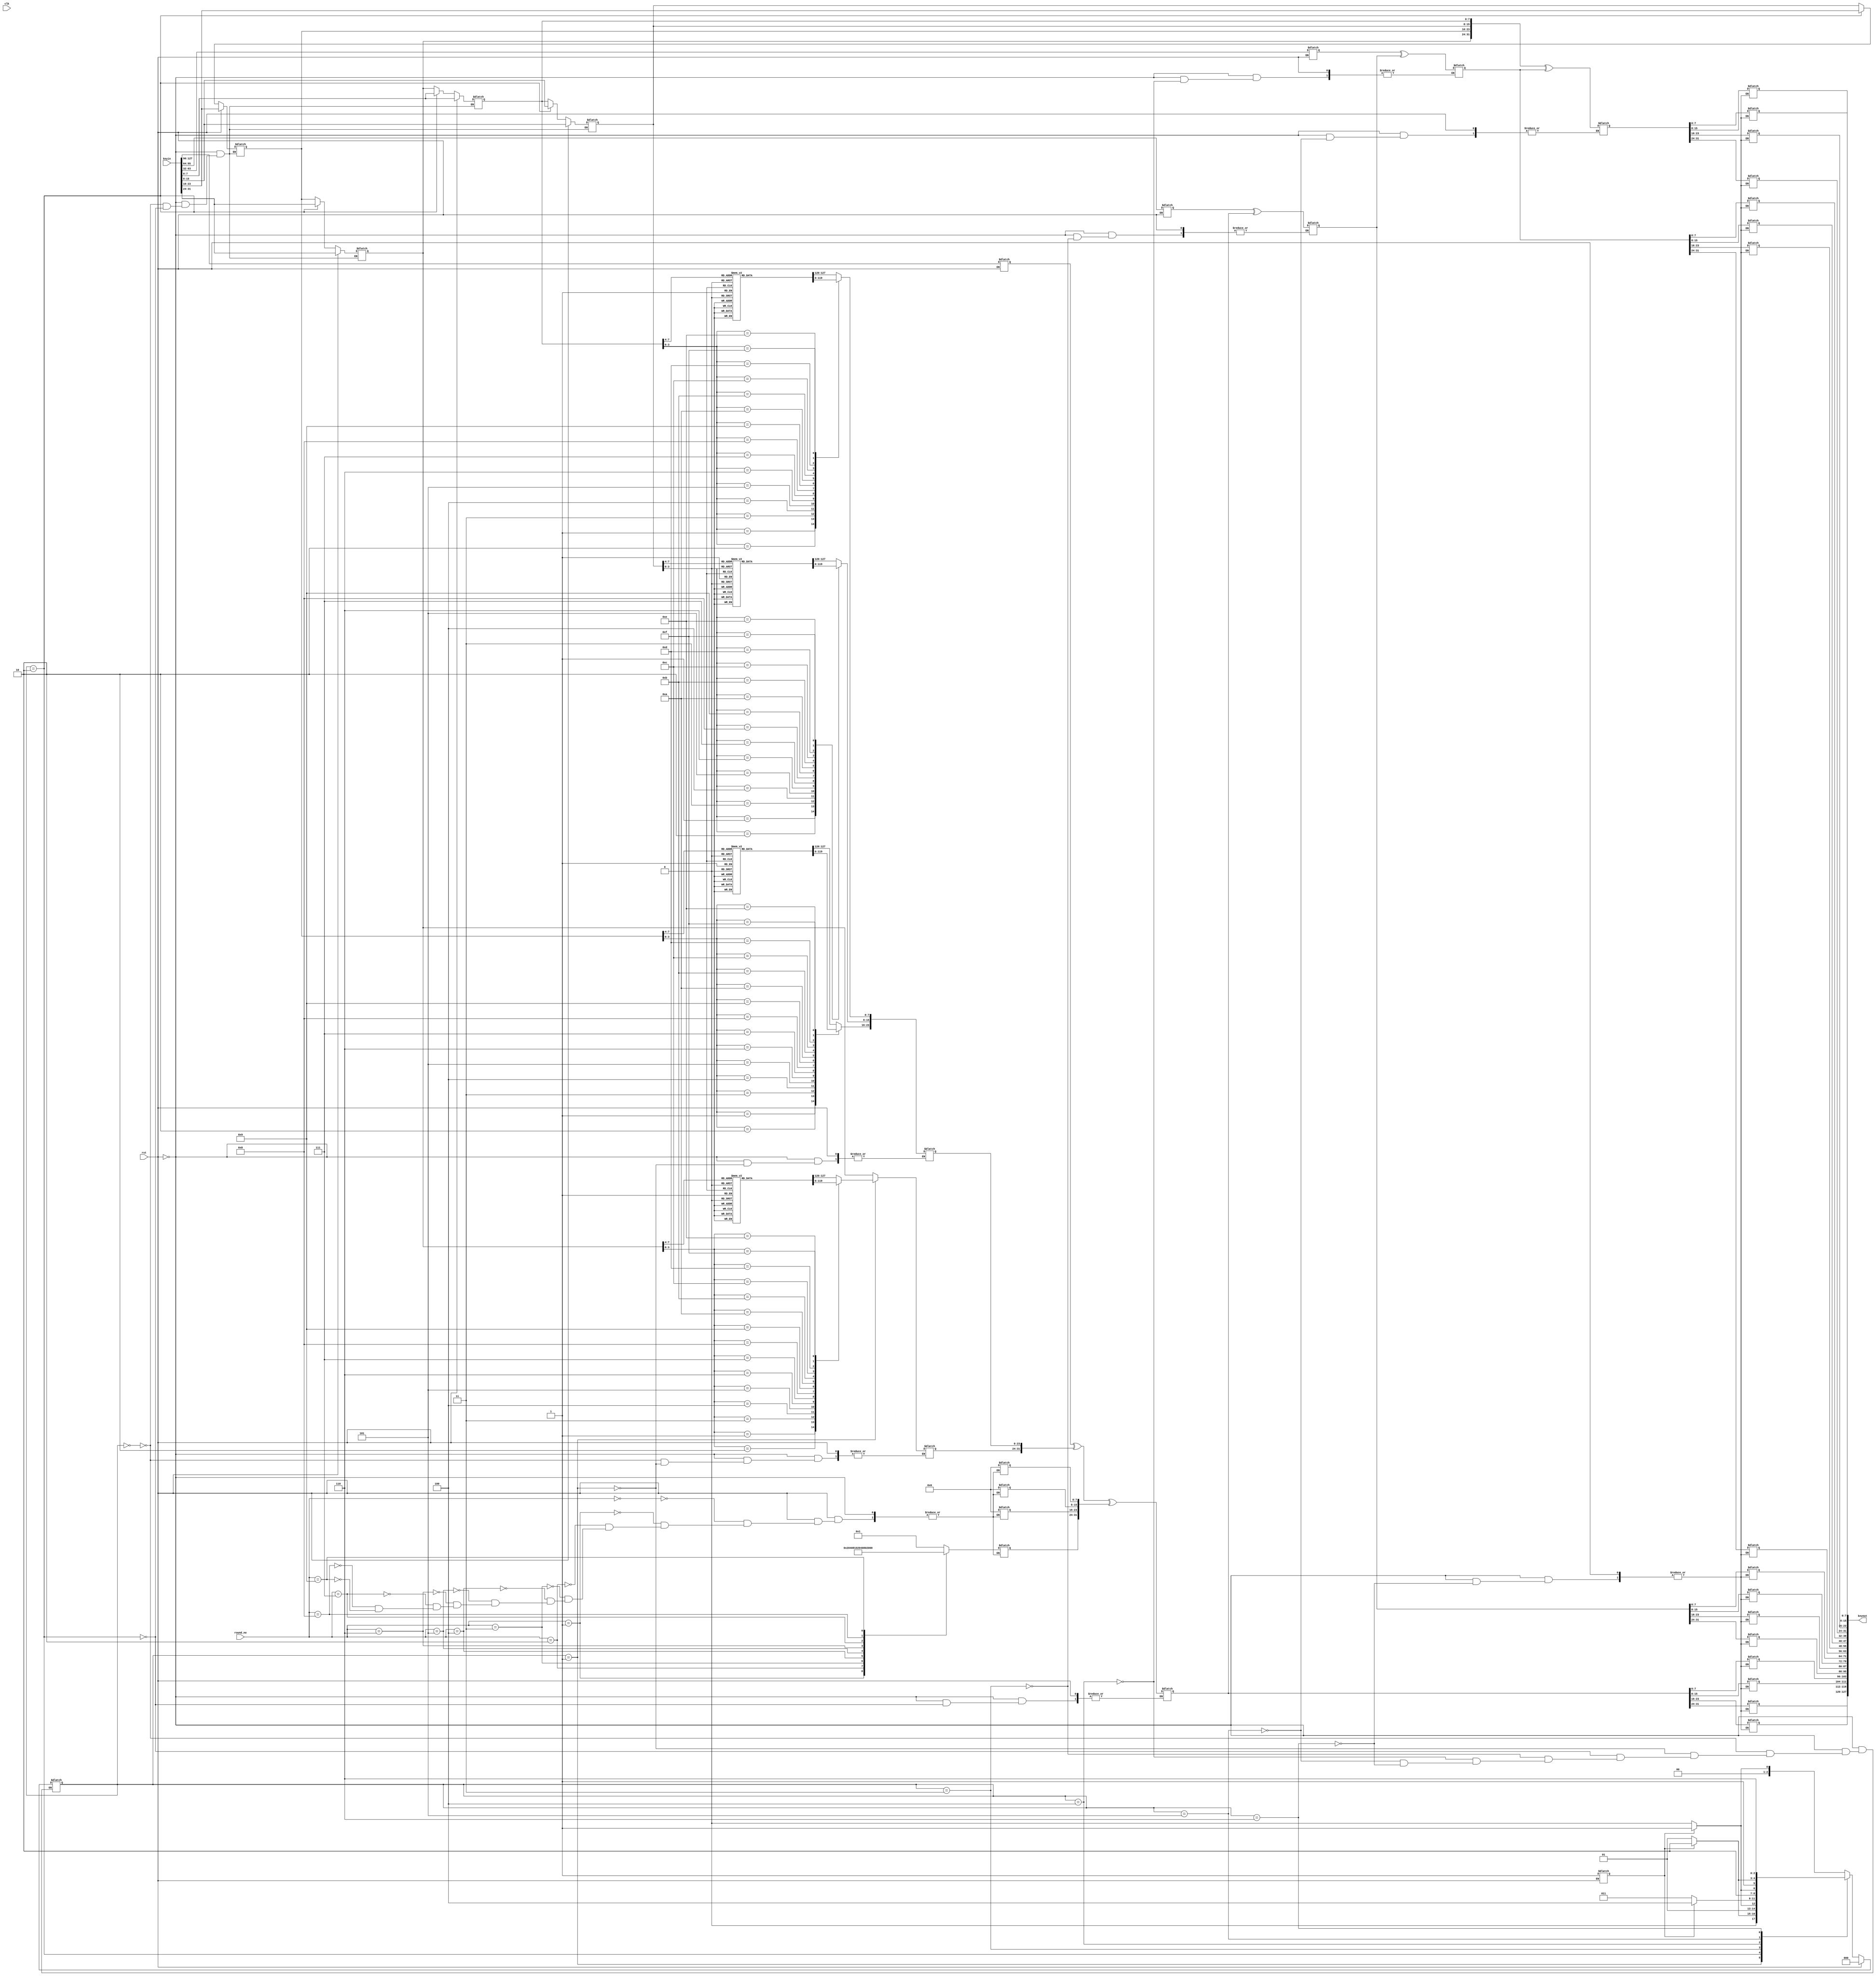
module key_schedule (input clk,rst,
                     input [0:127]keyin,
                     input [0:3]round_no,
                     output reg [0:127]keyout
                      );

reg [0:31]state0_in;
reg [0:31]state1_in;
reg [0:31]state2_in;
reg [0:31]state3_in,state0_out,state1_out,state2_out,state3_out;

reg [0:31]Rcon;
reg [0:31]temp;

reg [0:2]key_state;
reg b;

reg [0:127]key_for_memory;
wire [0:127]key_for_memory1;

wire [0:127]subbyte0=128'h637c777bf26b6fc53001672bfed7ab76;
wire [0:127]subbyte1=128'hca82c97dfa5947f0add4a2af9ca472c0;
wire [0:127]subbyte2=128'hb7fd9326363ff7cc34a5e5f171d83115;
wire [0:127]subbyte3=128'h04c723c31896059a071280e2eb27b275;
wire [0:127]subbyte4=128'h09832c1a1b6e5aa0523bd6b329e32f84;
wire [0:127]subbyte5=128'h53d100ed20fcb15b6acbbe394a4c58cf;
wire [0:127]subbyte6=128'hd0efaafb434d338545f9027f503c9fa8;
wire [0:127]subbyte7=128'h51a3408f929d38f5bcb6da2110fff3d2;
wire [0:127]subbyte8=128'hcd0c13ec5f974417c4a77e3d645d1973;
wire [0:127]subbyte9=128'h60814fdc222a908846eeb814de5e0bdb;
wire [0:127]subbytea=128'he0323a0a4906245cc2d3ac629195e479;
wire [0:127]subbyteb=128'he7c8376d8dd54ea96c56f4ea657aae08;
wire [0:127]subbytec=128'hba78252e1ca6b4c6e8dd741f4bbd8b8a;
wire [0:127]subbyted=128'h703eb5664803f60e613557b986c11d9e;
wire [0:127]subbytee=128'he1f8981169d98e949b1e87e9ce5528df;
wire [0:127]subbytef=128'h8ca1890dbfe6426841992d0fb054bb16;

function [0:31]subbyte;
  input [0:31]aes_matrix;
  reg [0:7]a; reg [0:3]a1; reg [0:3]a2;
  reg [0:127]b1;
  integer i;
  begin
    for (i=0;i<4;i=i+1)begin
     case (i)
      0: begin
         a=aes_matrix[0:7];  
         a1=a[0:3];
         a2=a[4:7];
         case (a1) //[y2:y3]=[0:3]=a[y2:3]
           0: b1=subbyte0;
           1: b1=subbyte1;
           2: b1=subbyte2;
           3: b1=subbyte3;
           4: b1=subbyte4;
           5: b1=subbyte5;
           6: b1=subbyte6;
           7: b1=subbyte7;
           8: b1=subbyte8;
           9: b1=subbyte9;
           4'ha: b1=subbytea;
           4'hb: b1=subbyteb;
           4'hc: b1=subbytec;
           4'hd: b1=subbyted;
           4'he: b1=subbytee;
           4'hf: b1=subbytef;
         endcase
         case (a2) //[y4:y1]=a[4:7]
           0: subbyte[0:7]=b1[0:7];
           1: subbyte[0:7]=b1[8:15];
           2: subbyte[0:7]=b1[16:23];
           3: subbyte[0:7]=b1[24:31];
           4: subbyte[0:7]=b1[32:39];
           5: subbyte[0:7]=b1[40:47];
           6: subbyte[0:7]=b1[48:55];
           7: subbyte[0:7]=b1[56:63];
           8: subbyte[0:7]=b1[64:71];
           9: subbyte[0:7]=b1[72:79];
           4'ha: subbyte[0:7]=b1[80:87];
           4'hb: subbyte[0:7]=b1[88:95];
           4'hc: subbyte[0:7]=b1[96:103];
           4'hd: subbyte[0:7]=b1[104:111];
           4'he: subbyte[0:7]=b1[112:119];
           4'hf: subbyte[0:7]=b1[120:127];
          endcase
       end
       
       1: begin
         a=aes_matrix[8:15];  
         a1=a[0:3];
         a2=a[4:7];
         case (a1) //[y2:y3]=[0:3]=a[y2:3]
           0: b1=subbyte0;
           1: b1=subbyte1;
           2: b1=subbyte2;
           3: b1=subbyte3;
           4: b1=subbyte4;
           5: b1=subbyte5;
           6: b1=subbyte6;
           7: b1=subbyte7;
           8: b1=subbyte8;
           9: b1=subbyte9;
           4'ha: b1=subbytea;
           4'hb: b1=subbyteb;
           4'hc: b1=subbytec;
           4'hd: b1=subbyted;
           4'he: b1=subbytee;
           4'hf: b1=subbytef;
         endcase
         case (a2) //[y4:y1]=a[4:7]
           0: subbyte[8:15]=b1[0:7];
           1: subbyte[8:15]=b1[8:15];
           2: subbyte[8:15]=b1[16:23];
           3: subbyte[8:15]=b1[24:31];
           4: subbyte[8:15]=b1[32:39];
           5: subbyte[8:15]=b1[40:47];
           6: subbyte[8:15]=b1[48:55];
           7: subbyte[8:15]=b1[56:63];
           8: subbyte[8:15]=b1[64:71];
           9: subbyte[8:15]=b1[72:79];
           4'ha: subbyte[8:15]=b1[80:87];
           4'hb: subbyte[8:15]=b1[88:95];
           4'hc: subbyte[8:15]=b1[96:103];
           4'hd: subbyte[8:15]=b1[104:111];
           4'he: subbyte[8:15]=b1[112:119];
           4'hf: subbyte[8:15]=b1[120:127];
          endcase
        end
        
       2: begin
         a=aes_matrix[16:23];  
         a1=a[0:3];
         a2=a[4:7];
         case (a1) //[y2:y3]=[0:3]=a[y2:3]
           0: b1=subbyte0;
           1: b1=subbyte1;
           2: b1=subbyte2;
           3: b1=subbyte3;
           4: b1=subbyte4;
           5: b1=subbyte5;
           6: b1=subbyte6;
           7: b1=subbyte7;
           8: b1=subbyte8;
           9: b1=subbyte9;
           4'ha: b1=subbytea;
           4'hb: b1=subbyteb;
           4'hc: b1=subbytec;
           4'hd: b1=subbyted;
           4'he: b1=subbytee;
           4'hf: b1=subbytef;
         endcase
         case (a2) //[y4:y1]=a[4:7]
           0: subbyte[16:23]=b1[0:7];
           1: subbyte[16:23]=b1[8:15];
           2: subbyte[16:23]=b1[16:23];
           3: subbyte[16:23]=b1[24:31];
           4: subbyte[16:23]=b1[32:39];
           5: subbyte[16:23]=b1[40:47];
           6: subbyte[16:23]=b1[48:55];
           7: subbyte[16:23]=b1[56:63];
           8: subbyte[16:23]=b1[64:71];
           9: subbyte[16:23]=b1[72:79];
           4'ha: subbyte[16:23]=b1[80:87];
           4'hb: subbyte[16:23]=b1[88:95];
           4'hc: subbyte[16:23]=b1[96:103];
           4'hd: subbyte[16:23]=b1[104:111];
           4'he: subbyte[16:23]=b1[112:119];
           4'hf: subbyte[16:23]=b1[120:127];
          endcase
        end
        
       3: begin
         a=aes_matrix[24:31];  
         a1=a[0:3];
         a2=a[4:7];
         case (a1) //[y2:y3]=[0:3]=a[y2:3]
           0: b1=subbyte0;
           1: b1=subbyte1;
           2: b1=subbyte2;
           3: b1=subbyte3;
           4: b1=subbyte4;
           5: b1=subbyte5;
           6: b1=subbyte6;
           7: b1=subbyte7;
           8: b1=subbyte8;
           9: b1=subbyte9;
           4'ha: b1=subbytea;
           4'hb: b1=subbyteb;
           4'hc: b1=subbytec;
           4'hd: b1=subbyted;
           4'he: b1=subbytee;
           4'hf: b1=subbytef;
         endcase
         case (a2) //[y4:y1]=a[4:7]
           0: subbyte[24:31]=b1[0:7];
           1: subbyte[24:31]=b1[8:15];
           2: subbyte[24:31]=b1[16:23];
           3: subbyte[24:31]=b1[24:31];
           4: subbyte[24:31]=b1[32:39];
           5: subbyte[24:31]=b1[40:47];
           6: subbyte[24:31]=b1[48:55];
           7: subbyte[24:31]=b1[56:63];
           8: subbyte[24:31]=b1[64:71];
           9: subbyte[24:31]=b1[72:79];
           4'ha: subbyte[24:31]=b1[80:87];
           4'hb: subbyte[24:31]=b1[88:95];
           4'hc: subbyte[24:31]=b1[96:103];
           4'hd: subbyte[24:31]=b1[104:111];
           4'he: subbyte[24:31]=b1[112:119];
           4'hf: subbyte[24:31]=b1[120:127];
          endcase
        end
      endcase
      
    end
  end
endfunction

//memory_key l11 (round_no,key_for_memory,key_for_memory1);

always @ (clk,rst) begin
  
  if(rst)begin
    key_state=0;
    
    state0_in[0:7]=keyin[0:7];
    state0_in[8:15]=keyin[8:15];
    state0_in[16:23]=keyin[16:23];
    state0_in[24:31]=keyin[24:31];
	 //$display("state0_in = %h",state0_in);
    
    state1_in[0:7]=keyin[32:39];
    state1_in[8:15]=keyin[40:47];
    state1_in[16:23]=keyin[48:55];
    state1_in[24:31]=keyin[56:63];
	 //$display("state1_in = %h",state1_in);
    
    state2_in[0:7]=keyin[64:71];
    state2_in[8:15]=keyin[72:79];
    state2_in[16:23]=keyin[80:87];
    state2_in[24:31]=keyin[88:95];
	 //$display("state2_in = %h",state2_in);
    
    state3_in[0:7]=keyin[96:103];
    state3_in[8:15]=keyin[104:111];
    state3_in[16:23]=keyin[112:119];
    state3_in[24:31]=keyin[120:127];
	 //$display("state3_in = %h",state3_in);
      
    b=1'b1;
    
    case (round_no)
      0: begin
        Rcon[0:7]=8'h01;
        Rcon[8:15]=8'h00;
        Rcon[16:23]=8'h00;
        Rcon[24:31]=8'h00;
      end
      
      1: begin
        Rcon[0:7]=8'h02;
        Rcon[8:15]=8'h00;
        Rcon[16:23]=8'h00;
        Rcon[24:31]=8'h00;
      end
      
      2: begin
        Rcon[0:7]=8'h04;
        Rcon[8:15]=8'h00;
        Rcon[16:23]=8'h00;
        Rcon[24:31]=8'h00;
      end
      
      3: begin
        Rcon[0:7]=8'h08;
        Rcon[8:15]=8'h00;
        Rcon[16:23]=8'h00;
        Rcon[24:31]=8'h00;
      end
      
      4: begin
        Rcon[0:7]=8'h10;
        Rcon[8:15]=8'h00;
        Rcon[16:23]=8'h00;
        Rcon[24:31]=8'h00;
      end
      
      5: begin
        Rcon[0:7]=8'h20;
        Rcon[8:15]=8'h00;
        Rcon[16:23]=8'h00;
        Rcon[24:31]=8'h00;
      end
      
      6: begin
        Rcon[0:7]=8'h40;
        Rcon[8:15]=8'h00;
        Rcon[16:23]=8'h00;
        Rcon[24:31]=8'h00;
      end
      
      7: begin
        Rcon[0:7]=8'h80;
        Rcon[8:15]=8'h00;
        Rcon[16:23]=8'h00;
        Rcon[24:31]=8'h00;
      end
      
      8: begin
        Rcon[0:7]=8'h1b;
        Rcon[8:15]=8'h00;
        Rcon[16:23]=8'h00;
        Rcon[24:31]=8'h00;
      end
      
      9: begin
        Rcon[0:7]=8'h36;
        Rcon[8:15]=8'h00;
        Rcon[16:23]=8'h00;
        Rcon[24:31]=8'h00;
      end
      
      default: begin
      end
    endcase
  end
  
  else begin
    case (key_state)
      
      0: begin
        //shift row operation of key schedule.
        temp[0:7]=state3_in[0:7];
        state3_in[0:23]=state3_in[8:31];
        state3_in[24:31]=temp[0:7];
		  
		  //$display("state3_in = %h",state3_in);
        
        if(b)begin
          key_state=4'b001;          
        end
        else begin
          key_state=4'b000;
        end
      end
      
      1: begin
        //subbyte operation.
        temp=subbyte(state3_in);
        
		  //$display("temp = %h",temp);
		  
        if(b)begin
          key_state=4'b010;          
        end
        else begin
          key_state=4'b001;
        end
      end
      
      2: begin
        state3_in[0:7]=keyin[96:103];
		  state3_in[8:15]=keyin[104:111];
        state3_in[16:23]=keyin[112:119];
        state3_in[24:31]=keyin[120:127];
        
        state0_out=state0_in ^ temp ^ Rcon;
		  //$display("state0_out = %h",state0_out);
        
        if(b)begin
          key_state=4'b011;          
        end
        else begin
          key_state=4'b010;
        end
      end
      
      3: begin
        state1_out=state1_in ^ state0_out;
		  //$display("state1_out = %h",state1_out);
        
        if(b)begin
          key_state=4'b100;          
        end
        else begin
          key_state=4'b011;
        end
      end
      
      4: begin
        state2_out=state2_in ^ state1_out;
        //$display("state2_out = %h",state2_out);
		  
        if(b)begin
          key_state=4'b101;          
        end
        else begin
          key_state=4'b100;
        end
      end
      
      5: begin
        state3_out=state3_in ^ state2_out;
        //$display("state3_out = %h",state3_out);
		  
        if(b)begin
          key_state=4'b110;          
        end
        else begin
          key_state=4'b101;
        end
      end
      
      6: begin 
        /*keyout[0:7]=state0_out[0:7];
        keyout[32:39]=state0_out[8:15];
        keyout[64:71]=state0_out[16:23];
        keyout[96:103]=state0_out[24:31];
        
        keyout[8:15]=state1_out[0:7];
        keyout[40:47]=state1_out[8:15];
        keyout[72:79]=state1_out[16:23];
        keyout[104:111]=state1_out[24:31];
        
        keyout[16:23]=state2_out[0:7];
        keyout[48:55]=state2_out[8:15];
        keyout[80:87]=state2_out[16:23];
        keyout[112:119]=state2_out[24:31];
        
        keyout[24:31]=state3_out[0:7];
        keyout[56:63]=state3_out[8:15];
        keyout[88:95]=state3_out[16:23];
        keyout[120:127]=state3_out[24:31];*/
		  
		  keyout[0:7]=state0_out[0:7];
        keyout[8:15]=state0_out[8:15];
        keyout[16:23]=state0_out[16:23];
        keyout[24:31]=state0_out[24:31];
        
        keyout[32:39]=state1_out[0:7];
        keyout[40:47]=state1_out[8:15];
        keyout[48:55]=state1_out[16:23];
        keyout[56:63]=state1_out[24:31];
        
        keyout[64:71]=state2_out[0:7];
        keyout[72:79]=state2_out[8:15];
        keyout[80:87]=state2_out[16:23];
        keyout[88:95]=state2_out[24:31];
        
        keyout[96:103]=state3_out[0:7];
        keyout[104:111]=state3_out[8:15];
        keyout[112:119]=state3_out[16:23];
        keyout[120:127]=state3_out[24:31];
		  
		  //memory key
		  key_for_memory[0:7]=state0_out[0:7];
        key_for_memory[8:15]=state0_out[8:15];
        key_for_memory[16:23]=state0_out[16:23];
        key_for_memory[24:31]=state0_out[24:31];
        
        key_for_memory[32:39]=state1_out[0:7];
        key_for_memory[40:47]=state1_out[8:15];
        key_for_memory[48:55]=state1_out[16:23];
        key_for_memory[56:63]=state1_out[24:31];
        
        key_for_memory[64:71]=state2_out[0:7];
        key_for_memory[72:79]=state2_out[8:15];
        key_for_memory[80:87]=state2_out[16:23];
        key_for_memory[88:95]=state2_out[24:31];
        
        key_for_memory[96:103]=state3_out[0:7];
        key_for_memory[104:111]=state3_out[8:15];
        key_for_memory[112:119]=state3_out[16:23];
        key_for_memory[120:127]=state3_out[24:31];
        
        if(b)begin
          key_state=4'b110;          
        end
        else begin
          key_state=4'b110;
        end
        
      end
      
      default: begin
      end
    endcase
  end 
  
end

endmodule